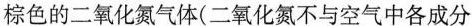
棕色的二氧化氮气体(二氧化氮不与空气中各成分